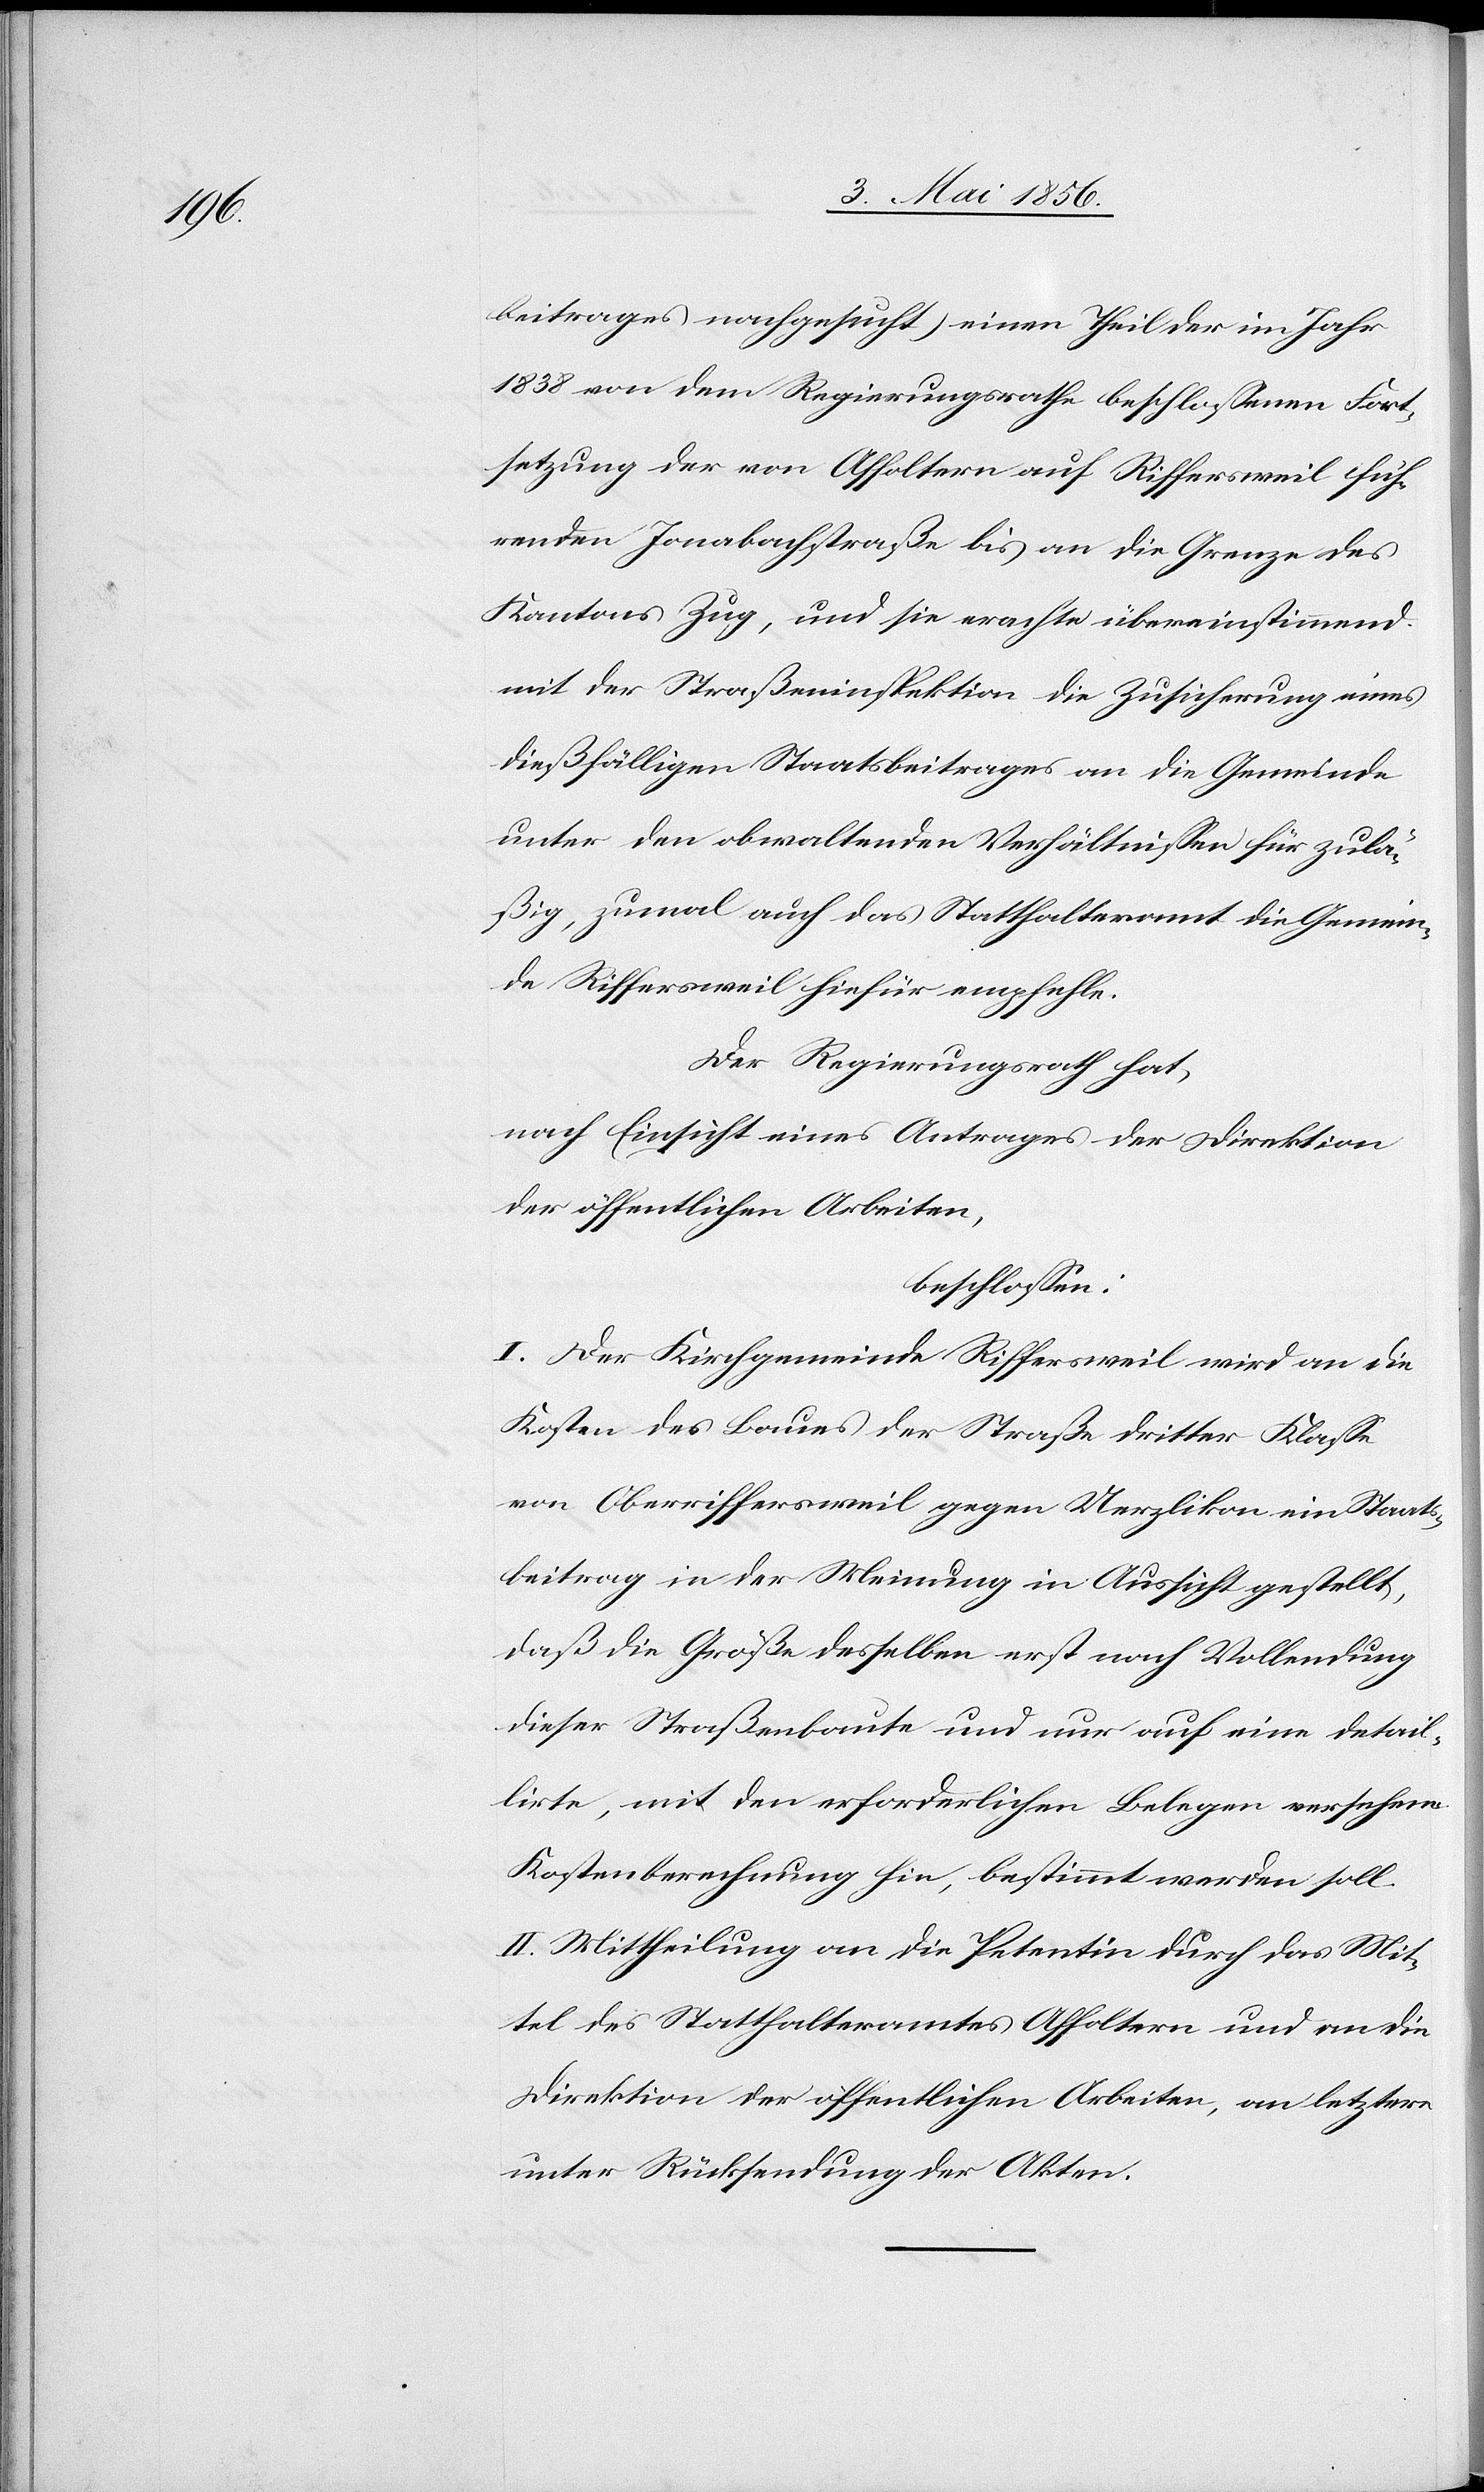
beitrages nachgesucht) einen Theil der im Jahr
1838 von dem Regierungsrathe beschlossenen Fort¬
setzung der von Affoltern auf Riffersweil füh¬
renden Jonabachstraße bis an die Grenze des
Kantons Zug, und sie erachte übereinstimmend
mit der Straßeninspektion die Zusicherung eines
dießfälligen Staatsbeitrages an die Gemeinde
unter den obwaltenden Verhältnissen für zulä¬
ßig, zumal auch das Statthalteramt die Gemein¬
de Riffersweil hiefür empfehle.
Der Regierungsrath hat,
nach Einsicht eines Antrages der Direktion
der öffentlichen Arbeiten,
beschlossen:
I. Der Kirchgemeinde Riffersweil wird an die
Kosten des Baues der Straße dritter Klasse
von Oberrichtersweil gegen Uerzlikon ein Staats¬
beitrag in der Meinung in Aussicht gestellt,
daß die Größe desselben erst nach Vollendung
dieser Straßenbaute und nur auf eine detail¬
lirte, mit den erforderlichen Belegen versehene
Kostenberechnung hin, bestimmt werden soll.
II. Mittheilung an die Petentin durch das Mit¬
tel des Statthalteramtes Affoltern und an die
Direktion der öffentlichen Arbeiten, an letztere
unter Rücksendung der Akten.